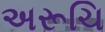
અરૂચિ